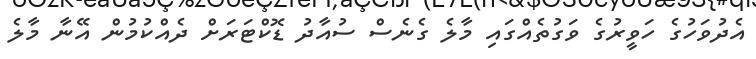
އެދުވަހުގެ ހަވީރުގެ ވަގުތެއްގައި މާލެ ގެނެސް ސުއާދު ޑޮކްޓަރަށް ދެއްކުމުން އޭނާ މާލެ